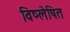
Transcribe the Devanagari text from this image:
विष्लेषित